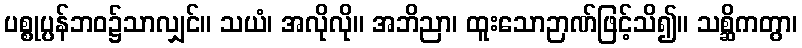
ပစ္စုပ္ပန်ဘဝ၌သာလျှင်။ သယံ၊ အလိုလို။ အဘိညာ၊ ထူးသောဉာဏ်ဖြင့်သိ၍။ သစ္ဆိကတွာ၊